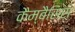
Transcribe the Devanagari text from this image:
कैम्बैसिस